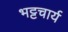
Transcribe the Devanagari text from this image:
भट्टचार्य